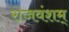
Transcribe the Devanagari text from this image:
राजवंशम्